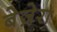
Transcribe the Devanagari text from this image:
बेज़ेरा